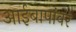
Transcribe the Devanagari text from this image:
आईबापांवर